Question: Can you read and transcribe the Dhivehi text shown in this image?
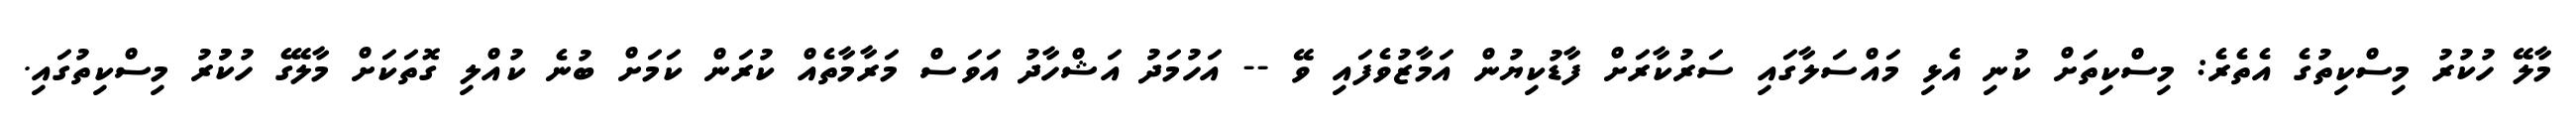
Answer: މާލޭ ހުކުރު މިސްކިތުގެ އެތެރެ: މިސްކިތަށް ކުނި އެޅި މައްސަލާގައި ސަރުކާރަށް ފާޑުކިޔުން އަމާޒުވެފައި ވޭ -- އަހުމަދު އަޝްހާދު އަވަސް މަރާމާތެއް ކުރަން ކަމަށް ބުނެ ކުއްލި ގޮތަކަށް މާލޭގެ ހުކުުރު މިސްކިތުގައި.